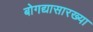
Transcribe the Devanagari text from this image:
बोगद्यासारख्या